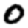
Digit: 0